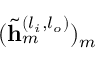
( \tilde { \mathbf { h } } _ { m } ^ { ( l _ { i } , l _ { o } ) } ) _ { m }